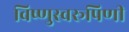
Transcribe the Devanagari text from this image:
विष्णुस्वरूपिणी